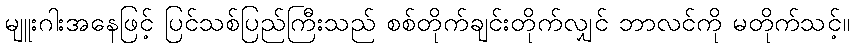
မျူးဂါးအနေဖြင့် ပြင်သစ်ပြည်ကြီးသည် စစ်တိုက်ချင်းတိုက်လျှင် ဘာလင်ကို မတိုက်သင့်။